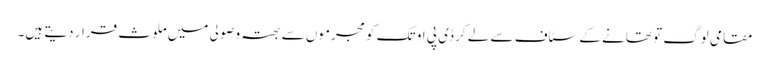
مقامی لوگ تو تھانے کے سٹاف سے لے کر ڈی پی او تک کو مجرموں سے بھتہ وصولی میں ملوث قرار دیتے ہیں۔